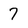
Character: 7